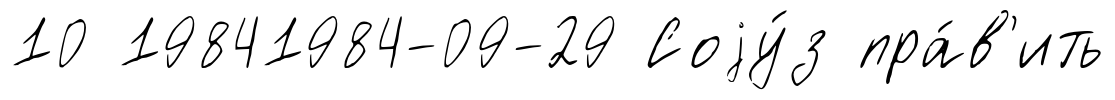
10 19841984-09-29 Соjу́з пра́в'ить